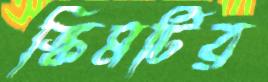
স্কিমটির